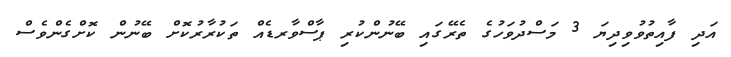
އަދި ފާއިތުވުވިދިޔަ 3 މަސްދުވަހުގެ ތެރޭގައި ބޭނުންކުރި ޕާސްވާރޑެއް ތަކުރާރުކޮށް ބޭނުން ކޮށްގެންވެސް